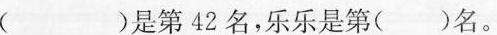
（）是第42名，乐乐是第( )名。